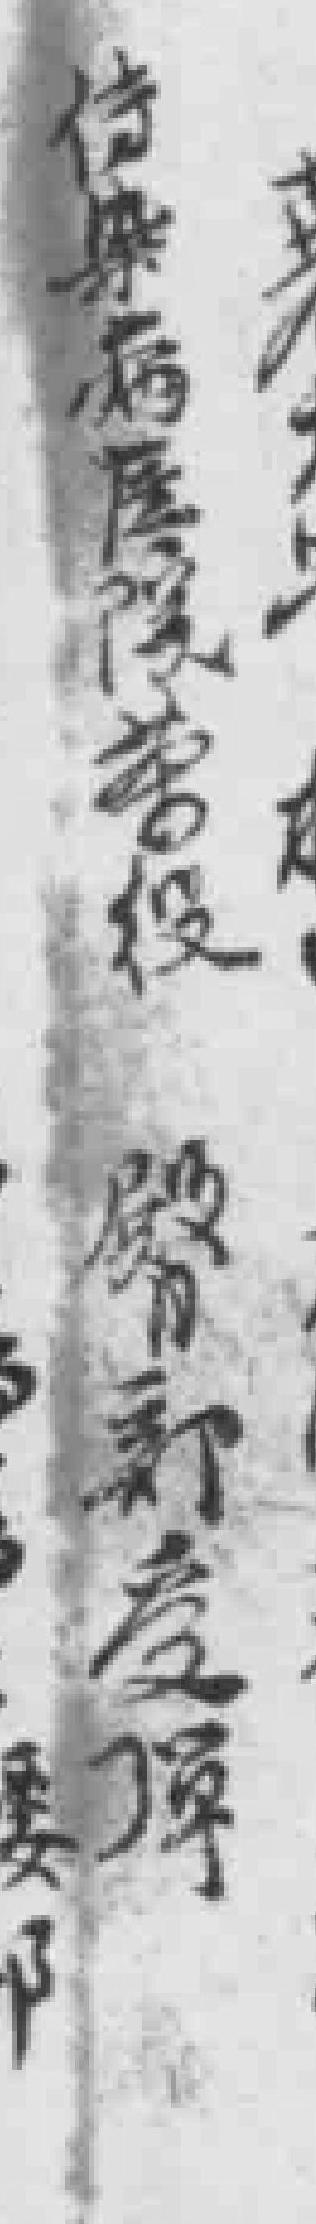
传染病医院*役 臀部受弹